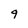
Character: q